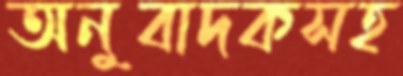
অনুবাদকসহ